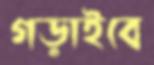
গড়াইবে